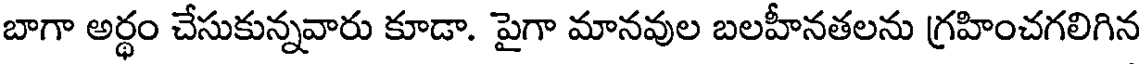
బాగా అర్థం చేసుకున్నవారు కూడా. పైగా మానవుల బలహీనతలను గ్రహించగలిగిన